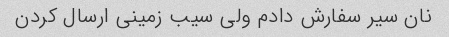
نان سیر سفارش دادم ولی سیب زمینی ارسال کردن